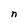
Character: n